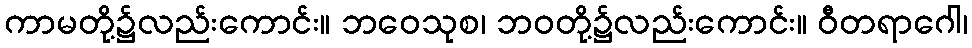
ကာမတို့၌လည်းကောင်း။ ဘဝေသုစ၊ ဘဝတို့၌လည်းကောင်း။ ဝီတရာဂေါ၊